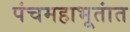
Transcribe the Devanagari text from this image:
पंचमहाभूतांत